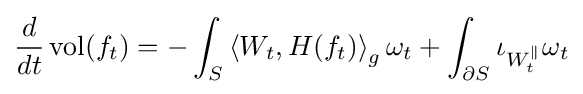
{\frac {d}{dt}}\operatorname {vol} (f_{t})=-\int _{S}\left\langle W_{t},H(f_{t})\right\rangle _{g}\omega _{t}+\int _{\partial S}\iota _{W_{t}^{\parallel }}\omega _{t}